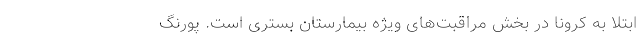
ابتلا به کرونا در بخش مراقبت‌های ویژه بیمارستان بستری است. پورنگ